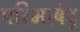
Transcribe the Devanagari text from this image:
परिभाषेदु